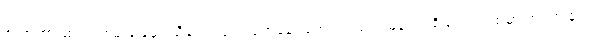
ဇာတ်ကားထဲက ကမ်းခြေမှာ သီချင်း သရုပ်ဖော်ခန်း တွေကလည်း မြန်မာပရိသတ်ရင်ထဲမှာ တင်ကျန်တဲ့